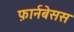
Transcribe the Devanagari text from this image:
फ़ार्नबेसस